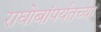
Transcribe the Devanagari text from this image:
राघोबांपर्यंतच्या